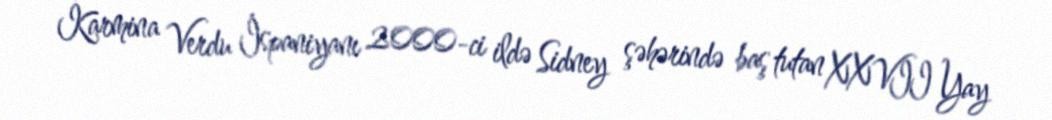
Karmina Verdu İspaniyanı 2000-ci ildə Sidney şəhərində baş tutan XXVII Yay